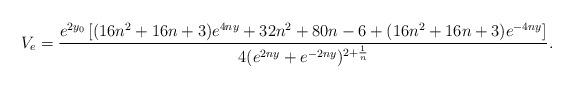
LaTeX: \begin{align*}V_{e} = \frac{e^{2y_0}\left[(16n^2+16n+3)e^{4ny}+32n^2+80n-6 +(16n^2+16n+3)e^{-4ny}\right]} {4(e^{2ny}+e^{-2ny})^{2+\frac{1}{n}}}.\end{align*}